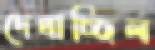
দেখাচ্ছিল